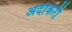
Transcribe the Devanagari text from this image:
अदाकरी